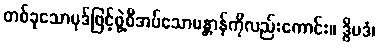
တစ်ခုသောပုဒ်ဖြင့်ဖွဲ့စီအပ်သောမန္တာန်ကိုလည်းကောင်း။ ဒွိပဒံ၊